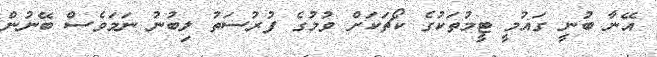
އޭނާ ބުނީ ގައުމީ ޓީމުތަކުގެ ކޯޗަކަށް ވުމުގެ ފުރުސަތު ލިބުނު ނަމަވެސް ބޭނުން